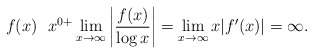
\begin{align*}f(x) \,\, \,\, x^{0+} \lim_{x \rightarrow \infty} \left| \frac{f(x)}{\log x}\right| = \lim_{x \rightarrow \infty} x |f'(x)| = \infty.\end{align*}